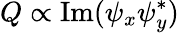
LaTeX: Q\propto\mathrm{Im}(\psi_{x}\psi_{y}^{*})